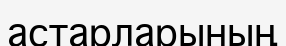
астарларының